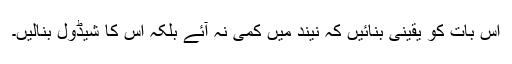
اس بات کو یقینی بنائیں کہ نیند میں کمی نہ آئے بلکہ اس کا شیڈول بنالیں۔